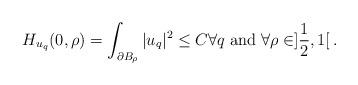
LaTeX: \begin{align*}H_{u_q} (0, \rho) = \int_{\partial B_\rho} |u_q|^2 \leq C \forall q \;\mbox{and}\; \forall \rho\in ]\frac{1}{2}, 1[\, .\end{align*}